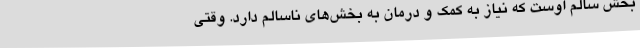
بخش سالم اوست که نیاز به کمک و درمان به بخش‌های ناسالم دارد. وقتی